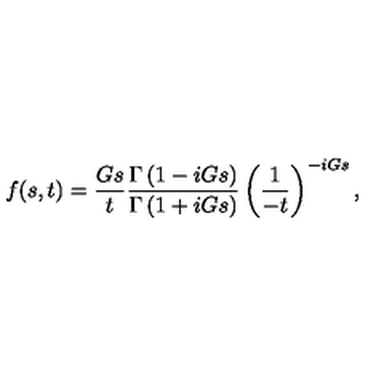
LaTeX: f ( s , t ) = \frac { G s } { t } \frac { \Gamma \left( 1 - i G s \right) } { \Gamma \left( 1 + i G s \right) } \left( \frac { 1 } { - t } \right) ^ { - i G s } ,